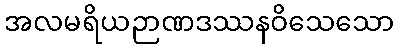
အလမရိယဉာဏဒဿနဝိသေသော